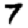
Digit: 7